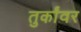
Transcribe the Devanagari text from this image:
तुर्कांवर